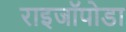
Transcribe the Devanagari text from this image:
राइजॉपोडा